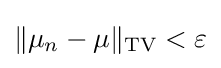
\|\mu _{n}-\mu \|_{\text{TV}}<\varepsilon